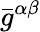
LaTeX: \bar{g}^{\alpha\beta}